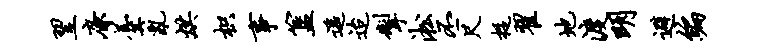
翌廉羹乱烘枳事簋遥迨掣淞丕尺捉翟地渡明避编